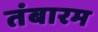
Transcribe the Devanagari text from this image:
तंबारम